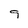
Character: 9